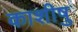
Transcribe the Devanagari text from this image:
काशीषु